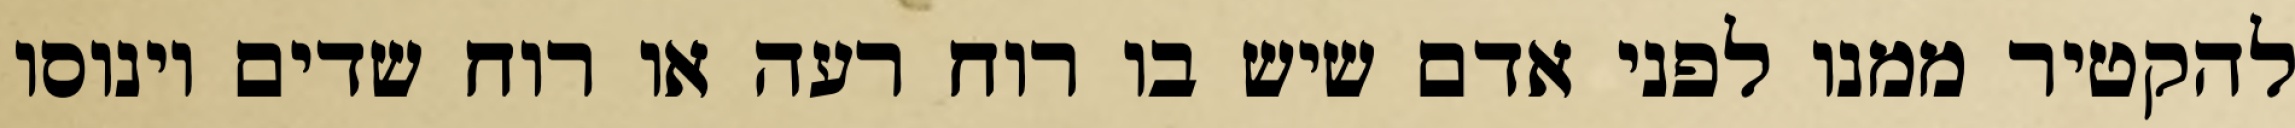
להקטיר ממנו לפני אדם שיש בו רוח רעה או רוח שדים וינוסו